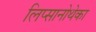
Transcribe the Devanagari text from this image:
लिप्सानोथेका